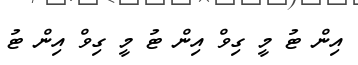
އިން ޓު މީ ގިވް އިން ޓު މީ ގިވް އިން ޓު